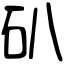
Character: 𥐙